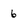
Character: 6